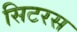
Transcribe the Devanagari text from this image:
सिटरस